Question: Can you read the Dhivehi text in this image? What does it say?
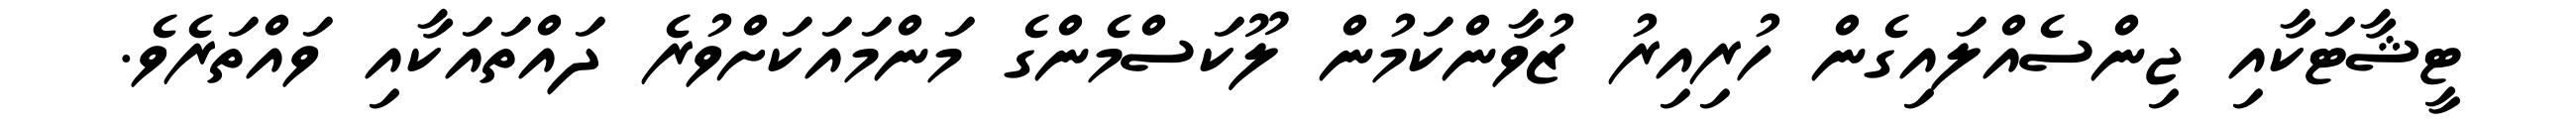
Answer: ޓީޝާޓަކާއި ޖިންސެއްލައިގެން ހުރިއިރު ޒުވާންކަމުން ލޫކަސްމެންގެ މަންމައަކަށްވުރެ ދައްތައަކާއި ވައްތަރެވެ.